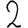
Digit: 2